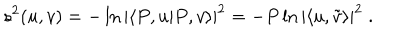
LaTeX: s ^ { 2 } ( u , v ) = - \ln | \langle P , u | P , v \rangle | ^ { 2 } = - P \ln | \langle u , \tilde { v } \rangle | ^ { 2 } \; .